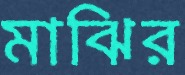
মাঝির